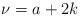
LaTeX: \begin{align*} \nu=a+2k\end{align*}